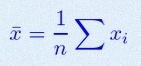
\bar{x}=\frac1n\sum x_i